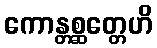
ကောန္တစ္ဆတ္တေဟိ